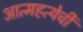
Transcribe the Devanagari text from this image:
आत्महत्येची